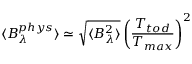
\langle B _ { \lambda } ^ { p h y s } \rangle \simeq \sqrt { \langle B _ { \lambda } ^ { 2 } \rangle } \left( \frac { T _ { t o d } } { T _ { m a x } } \right) ^ { 2 }